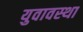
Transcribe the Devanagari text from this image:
युवावस्‍था